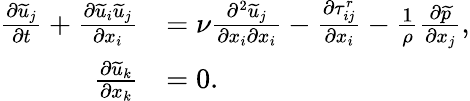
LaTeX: \begin{array}{rl}{\frac{\partial\widetilde{u}_{j}}{\partial t}+\frac{\partial\widetilde{u}_{i}\widetilde{u}_{j}}{\partial x_{i}}}&{=\nu\frac{\partial^{2}\widetilde{u}_{j}}{\partial x_{i}\partial x_{i}}-\frac{\partial\tau_{ij}^{r}}{\partial x_{i}}-\frac{1}{\rho}\frac{\partial\widetilde{p}}{\partial x_{j}},}\\ {\frac{\partial\widetilde{u}_{k}}{\partial x_{k}}}&{=0.}\end{array}